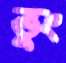
ভুং